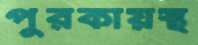
পুরকায়স্থ